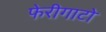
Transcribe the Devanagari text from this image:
फेरीगाटो